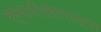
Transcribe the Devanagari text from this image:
स्वारीसारख्या